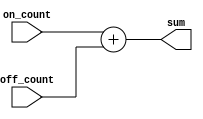
module SumFrequency(
    
    input [19:0] on_count,
    input [19:0] off_count,
    output [19:0]sum
);
 assign sum = on_count + off_count;

 endmodule